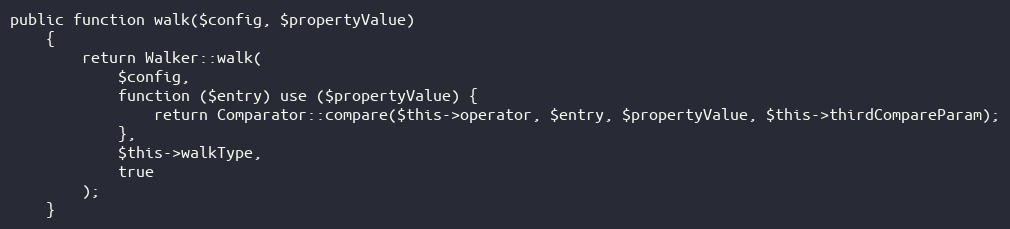
Language: PHP
public function walk($config, $propertyValue)
    {
        return Walker::walk(
            $config,
            function ($entry) use ($propertyValue) {
                return Comparator::compare($this->operator, $entry, $propertyValue, $this->thirdCompareParam);
            },
            $this->walkType,
            true
        );
    }